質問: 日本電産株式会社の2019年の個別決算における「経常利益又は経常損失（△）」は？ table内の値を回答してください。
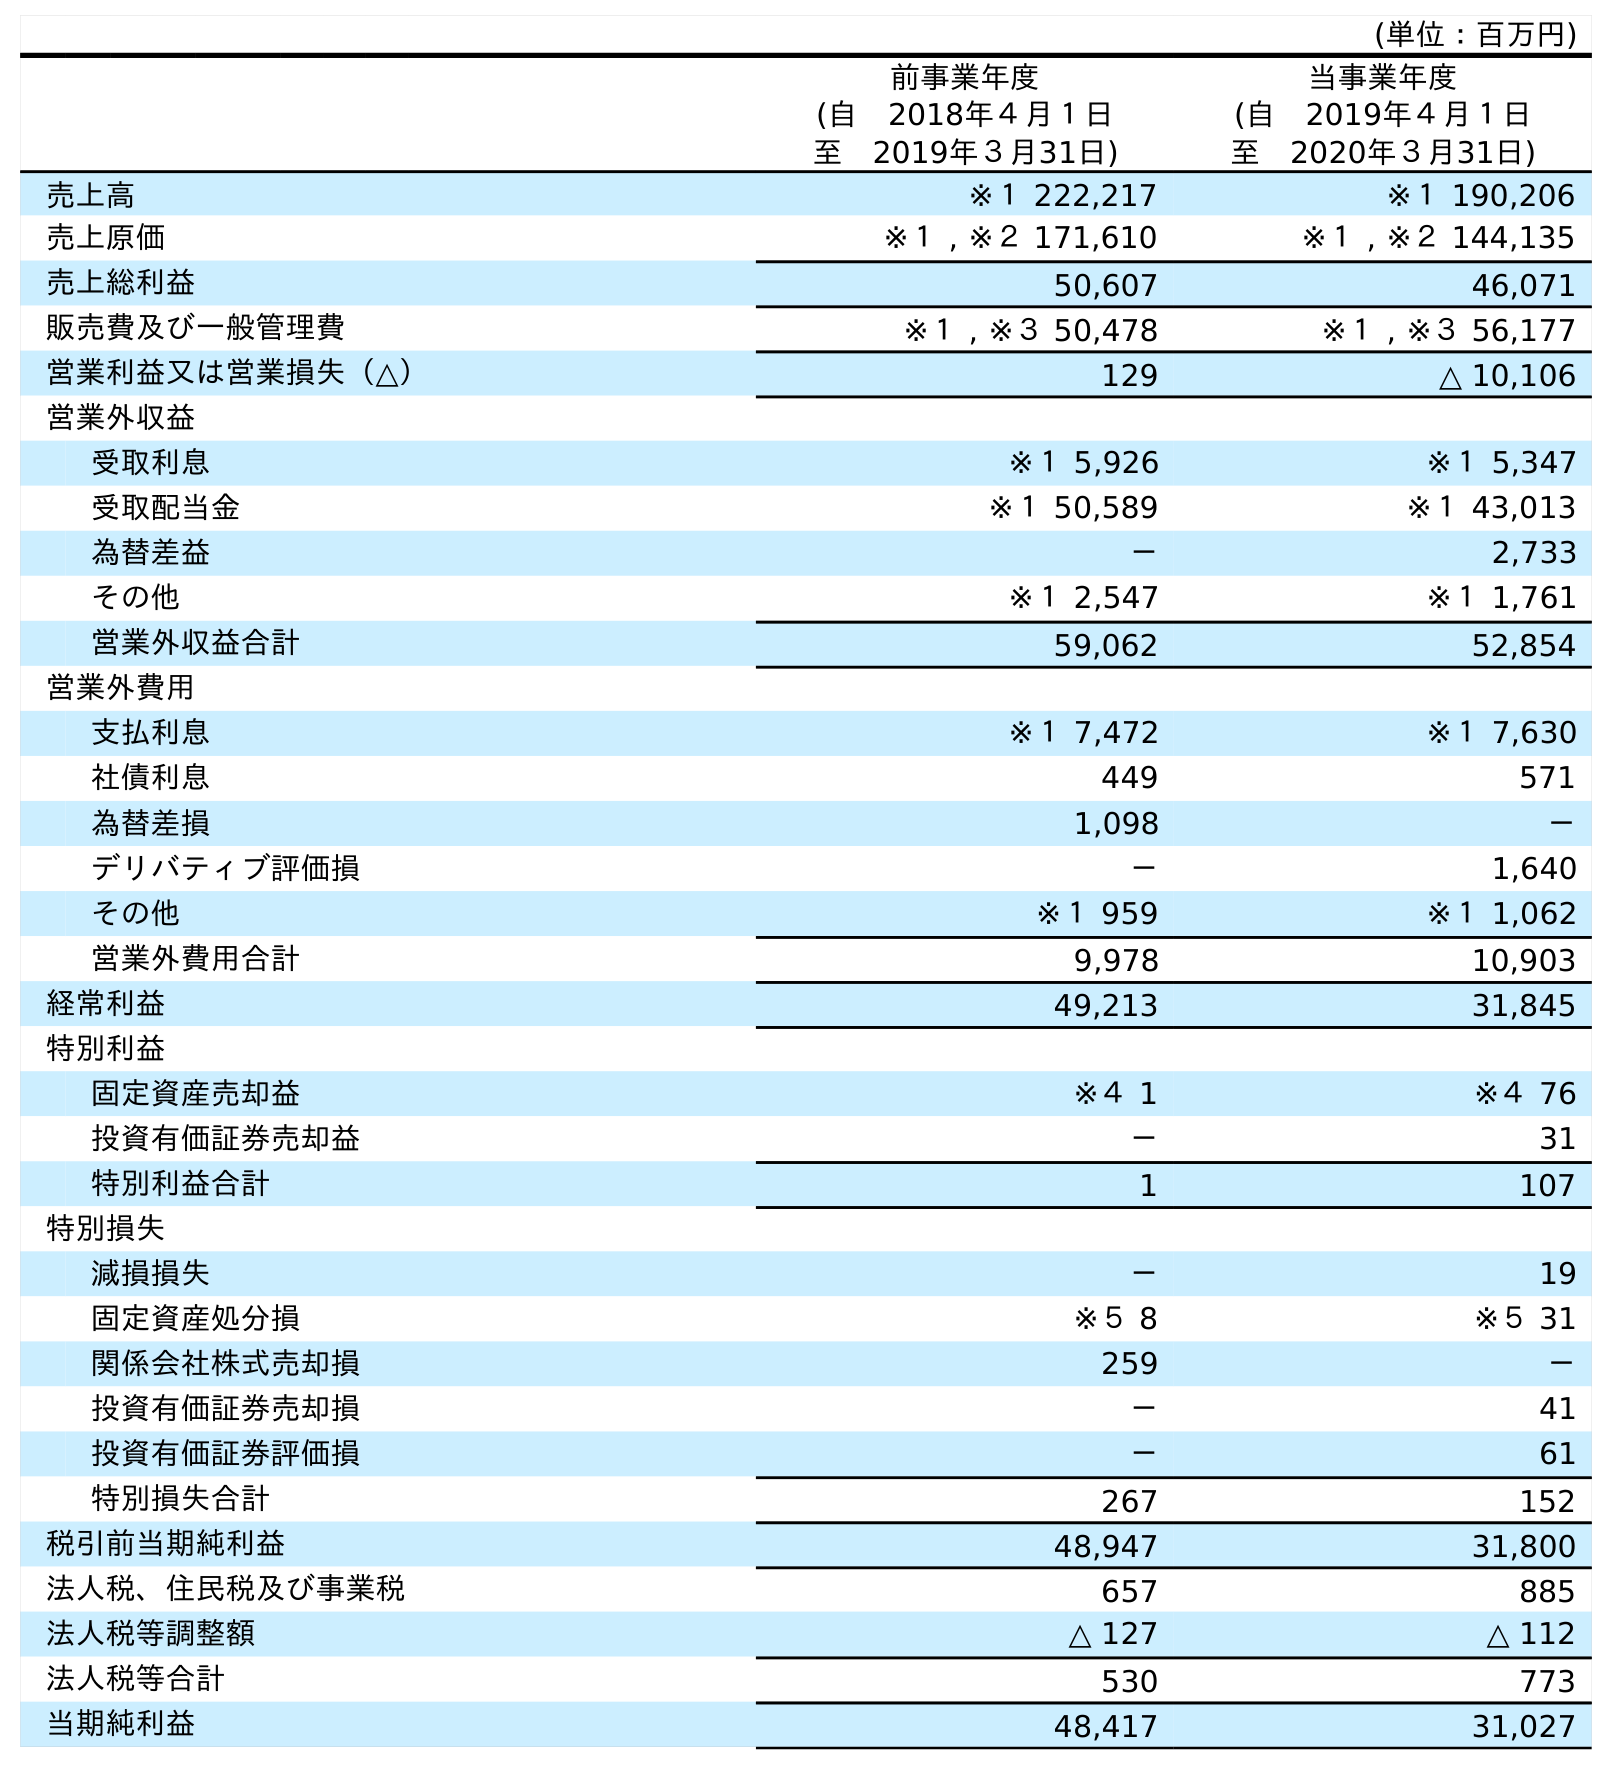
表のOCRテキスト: (単位：百万円) 前事業年度 (自 2018年４月１日 至 2019年３月31日) 当事業年度 (自 2019年４月１日 至 2020年３月31日) 売上高 ※１ 222,217 ※１ 190,206 売上原価 ※１ , ※２ 171,610 ※１ , ※２ 144,135 売上総利益 50,607 46,071 販売費及び一般管理費 ※１ , ※３ 50,478 ※１ , ※３ 56,177 営業利益又は営業損失（△） 129 △ 10,106 営業外収益 受取利息 ※１ 5,926 ※１ 5,347 受取配当金 ※１ 50,589 ※１ 43,013 為替差益 － 2,733 その他 ※１ 2,547 ※１ 1,761 営業外収益合計 59,062 52,854 営業外費用 支払利息 ※１ 7,472 ※１ 7,630 社債利息 449 571 為替差損 1,098 － デリバティブ評価損 － 1,640 その他 ※１ 959 ※１ 1,062 営業外費用合計 9,978 10,903 経常利益 49,213 31,845 特別利益 固定資産売却益 ※４ 1 ※４ 76 投資有価証券売却益 － 31 特別利益合計 1 107 特別損失 減損損失 － 19 固定資産処分損 ※５ 8 ※５ 31 関係会社株式売却損 259 － 投資有価証券売却損 － 41 投資有価証券評価損 － 61 特別損失合計 267 152 税引前当期純利益 48,947 31,800 法人税、住民税及び事業税 657 885 法人税等調整額 △ 127 △ 112 法人税等合計 530 773 当期純利益 48,417 31,027
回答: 49,213